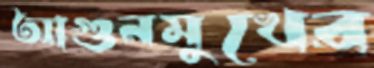
আগুনমুখের